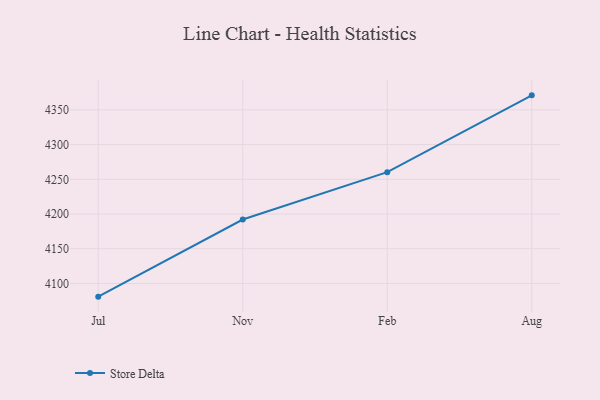
{"axis": {"x": "Month", "y": "Active Users"}, "legend": ["Store Delta"], "data": [{"x": "Jul", "y": 4081.0, "type": "Store Delta"}, {"x": "Nov", "y": 4192.1, "type": "Store Delta"}, {"x": "Feb", "y": 4260.3, "type": "Store Delta"}, {"x": "Aug", "y": 4370.9, "type": "Store Delta"}]}